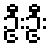
ဦးဦး